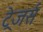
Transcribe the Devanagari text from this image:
ट्रेजर्स